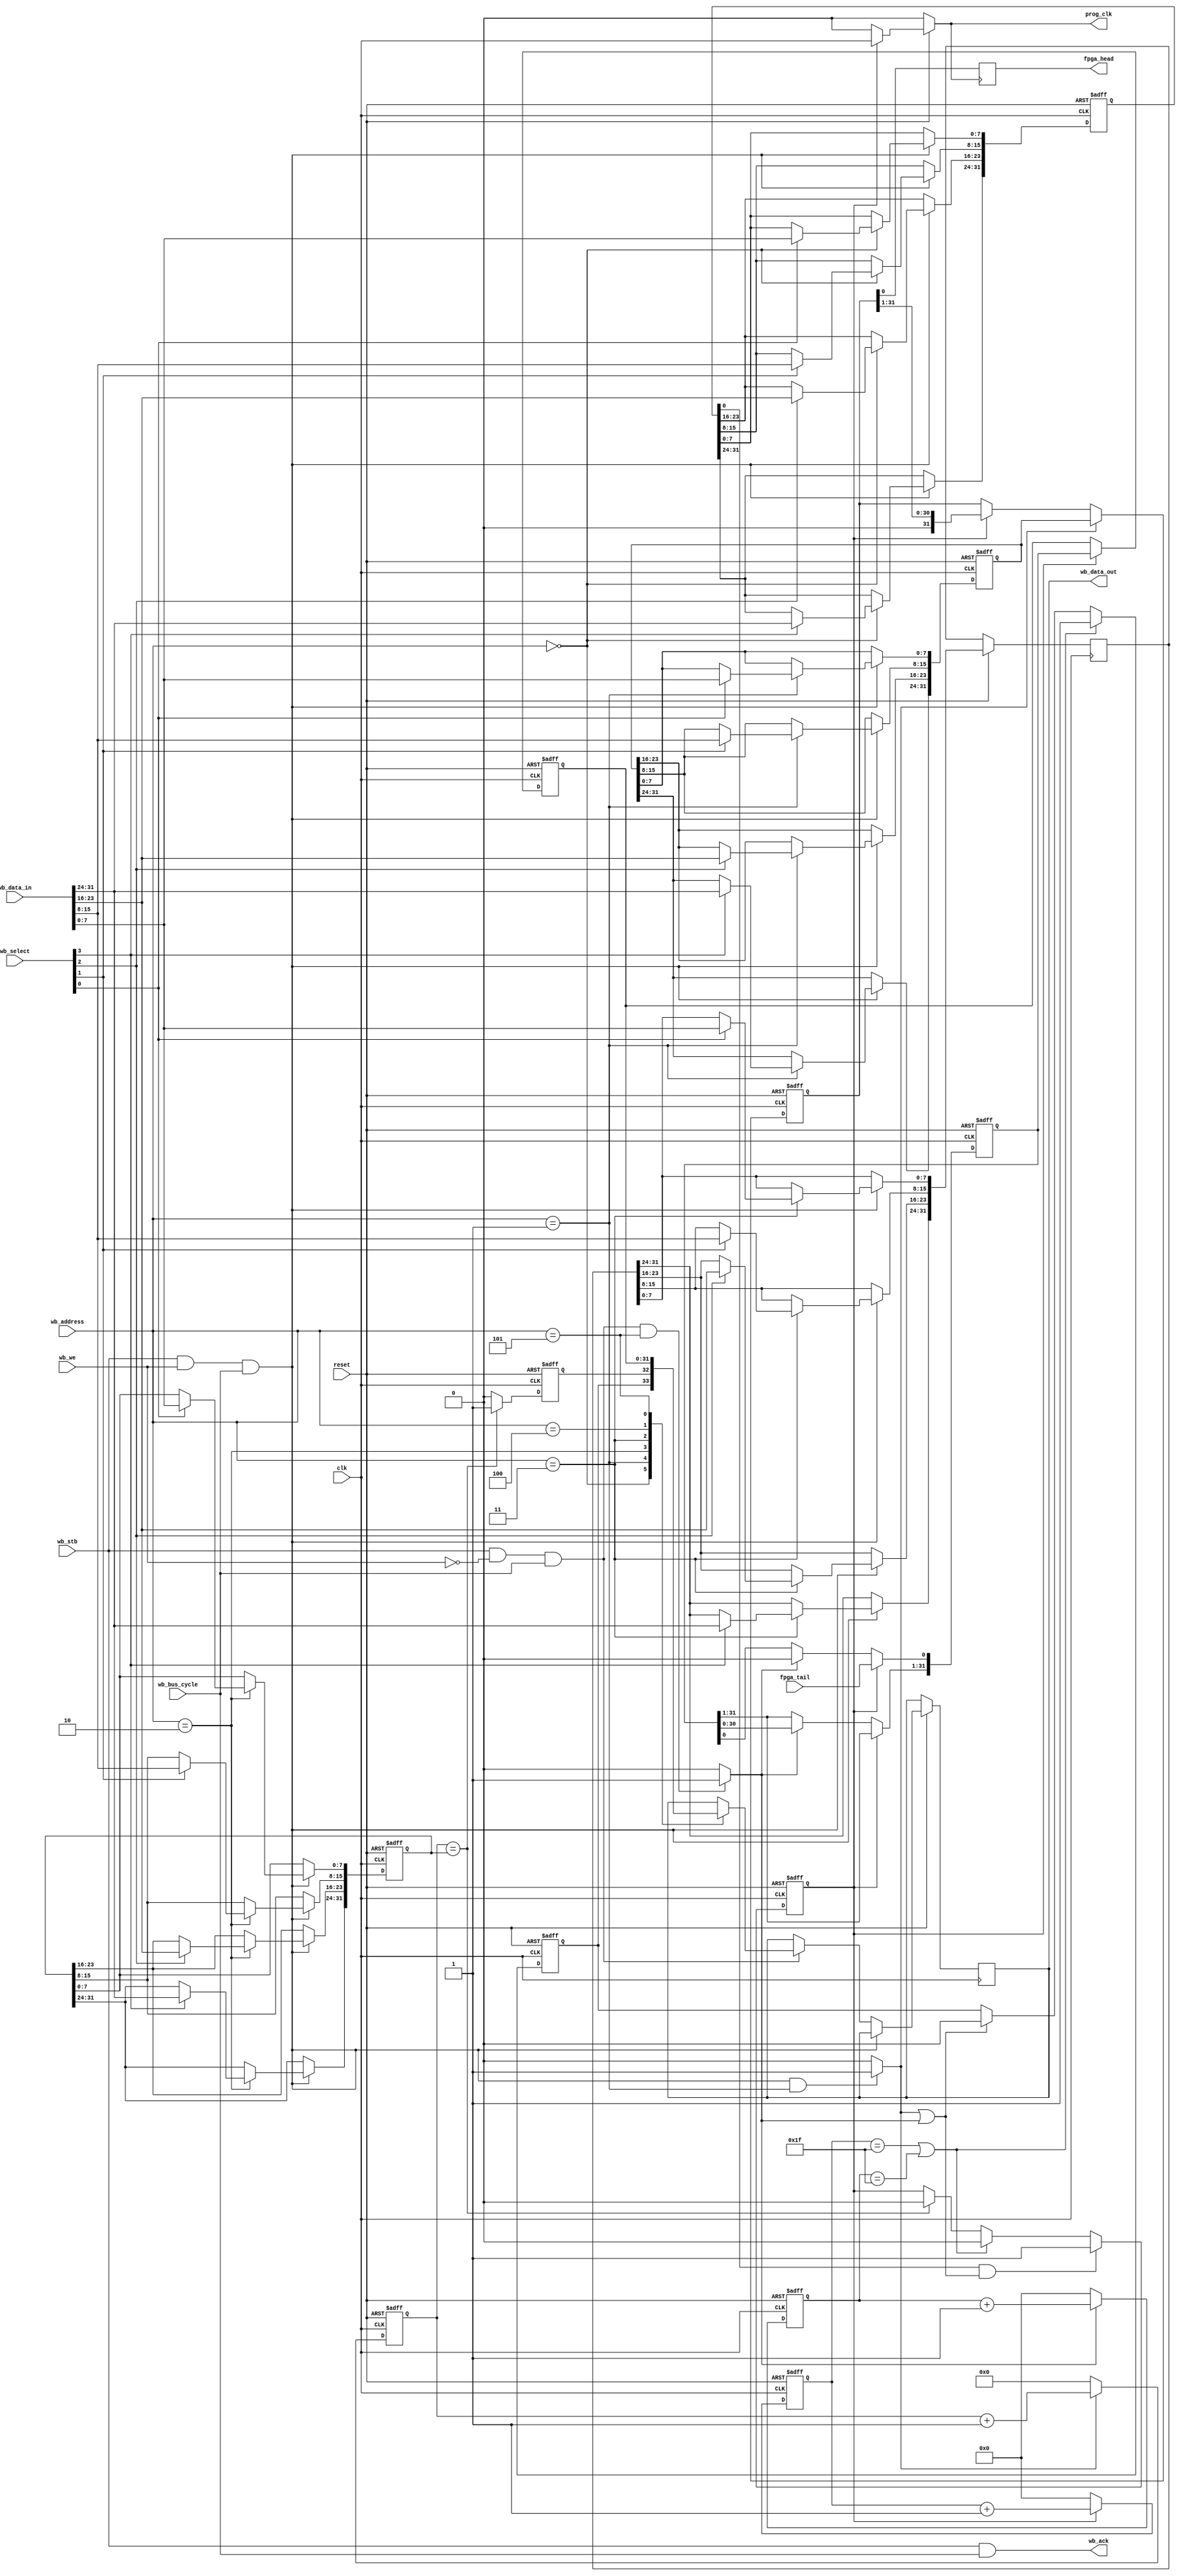
module FabricControlBlock (
    input clk,
    input reset,
    
    input [2:0] wb_address,
    input [31:0] wb_data_in,
    input [3:0] wb_select,
    input wb_stb,
    input wb_we,
    input wb_bus_cycle,
    output reg [31:0] wb_data_out,
    output wb_ack,

    input fpga_tail,
    output reg prog_clk,
    output reg fpga_head
);

reg [31:0] FCB_control_reg;
reg [31:0] FCB_status_reg;
reg [31:0] Bitstream_write_reg;
reg [31:0] Bitstream_read_reg;
reg [31:0] Bitstream_lenght_reg;
reg [31:0] Bitstream_checksum_reg;

  
reg [31:0] Bitstream_write_reg_shift;
reg [31:0] Bitstream_read_reg_shift;

  
reg [4:0] count_value_write;
reg [4:0] count_value_read;
reg [31:0] bitstream_count;
  
reg bitstream_write_req ;
reg bitstream_read_req;
reg valid;

reg word_complt, bitstream_complt;

reg bitstream_read_pending;
reg bitstream_read_ack;
 
reg [31:0] pre_checksum_reg;
reg [31:0] post_checksum_reg;
reg pre_check_match;
reg post_check_match;
reg chksum_status;
reg pre_chksum;
reg post_chksum;


assign wb_ack = wb_stb & wb_bus_cycle;


always @(posedge clk or negedge reset) begin
    if (!reset) begin
        FCB_control_reg <= 32'h0000;
        Bitstream_write_reg <= 32'h0000;
        Bitstream_lenght_reg <= 32'h0000;
       // Bitstream_checksum_reg <= 32'h0000;
    end else begin
        if (wb_stb & wb_we & wb_bus_cycle) begin
            case (wb_address)
                3'b000: begin
                    if (wb_select[0]) FCB_control_reg[7:0] <= wb_data_in[7:0];
                    if (wb_select[1]) FCB_control_reg[15:8] <= wb_data_in[15:8];
                    if (wb_select[2]) FCB_control_reg[23:16] <= wb_data_in[23:16];
                    if (wb_select[3]) FCB_control_reg[31:24] <= wb_data_in[31:24];
                end
                3'b001: begin
					
                    if (wb_select[0]) Bitstream_write_reg[7:0] <= wb_data_in[7:0];
                    if (wb_select[1]) Bitstream_write_reg[15:8] <= wb_data_in[15:8];
                    if (wb_select[2]) Bitstream_write_reg[23:16] <= wb_data_in[23:16];
                    if (wb_select[3]) Bitstream_write_reg[31:24] <= wb_data_in[31:24];
                end
					 3'b010: begin
                    if (wb_select[0]) Bitstream_lenght_reg[7:0] <= wb_data_in[7:0];
                    if (wb_select[1]) Bitstream_lenght_reg[15:8] <= wb_data_in[15:8];
                    if (wb_select[2]) Bitstream_lenght_reg[23:16] <= wb_data_in[23:16];
                    if (wb_select[3]) Bitstream_lenght_reg[31:24] <= wb_data_in[31:24];
                end
					 3'b011: begin
                    if (wb_select[0]) Bitstream_checksum_reg[7:0]   <= wb_data_in[7:0];
                    if (wb_select[1]) Bitstream_checksum_reg[15:8]  <= wb_data_in[15:8];
                    if (wb_select[2]) Bitstream_checksum_reg[23:16] <= wb_data_in[23:16];
                    if (wb_select[3]) Bitstream_checksum_reg[31:24] <= wb_data_in[31:24];
                end
            endcase
        end
		  
		  else if (wb_stb & !wb_we & wb_bus_cycle) begin
            case (wb_address)
                3'b000: wb_data_out <= FCB_control_reg;
                3'b001: wb_data_out <= Bitstream_write_reg;
                3'b010: wb_data_out <= Bitstream_lenght_reg;
                3'b011: wb_data_out <= Bitstream_checksum_reg;
					 3'b100: wb_data_out <= FCB_status_reg;
					 3'b101: wb_data_out <= Bitstream_read_reg;
            endcase
		  end
		  end	
end

// read write request
always @(*)begin	
if (wb_stb & wb_we & wb_bus_cycle &  wb_address==3'b001)
    bitstream_write_req <= 1 ;
else
 bitstream_write_req <= 0;
	  
if (wb_stb & !wb_we & wb_bus_cycle &  wb_address==3'b101)
    bitstream_read_req <= 1;
else
  bitstream_read_req <= 0;	
end

//program clock
always @(*)begin
        if (!reset) begin
            prog_clk <= 0;
        end else if (valid) begin
            prog_clk <= clk;
				end
         else prog_clk <= 0;
 end
 
 // word complete
always @(posedge clk or negedge reset)begin
        if (!reset)
		  word_complt <= 0;
        else if (count_value_write == 5'b11111|count_value_read == 5'b11111) begin
            word_complt <= 1;
         end else if (bitstream_write_req | bitstream_read_req) begin
            word_complt <= 0;
        end
end

//bitstream complete
always @(posedge clk or negedge reset)begin
        if (!reset)
		  bitstream_complt <= 0;
        else if (bitstream_count == Bitstream_lenght_reg) begin
            bitstream_complt <= 1;
       end else begin
           bitstream_complt <= 0;
                     end
end

// status reg assignments
always @(*) begin
        FCB_status_reg[1] = word_complt;
        FCB_status_reg[0] = bitstream_complt;
end


//valid
always @(posedge clk or negedge reset) begin
     if (!reset) valid <= 0;
  else if (FCB_control_reg [0] &  (bitstream_write_req|bitstream_read_req )) valid <= 1;
     else if (count_value_write == 31| count_value_read == 31) valid <= 0;
	 else if (bitstream_count == Bitstream_lenght_reg) valid <= 0;
end

 // write logic
  always @(posedge clk or negedge reset) begin
 if(!reset)   Bitstream_write_reg_shift  <= 32'h0000;
 else if(bitstream_write_req)  Bitstream_write_reg_shift <= Bitstream_write_reg;
 else if (valid)
 Bitstream_write_reg_shift <= Bitstream_write_reg_shift >> 1;
 end
 
 
 always@(posedge prog_clk) begin 
   fpga_head =  Bitstream_write_reg_shift[0]; 
 end
 
 // write count logic
 always @(posedge clk or negedge reset) begin
 if(!reset) count_value_write <= 0;
 else if (valid) count_value_write <= count_value_write + 1;
 else if (count_value_write == 31) count_value_write <= 0;
 else count_value_write <= 0;
 end

 // total bitstream count logic
 always @(posedge clk or negedge reset) begin
 if(!reset) bitstream_count <= 0;
   else if (bitstream_write_req) bitstream_count <= bitstream_count + 1;
 else if (bitstream_count == Bitstream_lenght_reg) bitstream_count  <= 0;
 else bitstream_count  <= 0;
 end
 
 // read logic
 always @(posedge clk or negedge reset) begin
 if(!reset)  Bitstream_read_reg_shift <= 32'h0000;
   else if (valid)
     Bitstream_read_reg_shift[0]  <= fpga_tail;
   else if (bitstream_read_req)
 Bitstream_read_reg_shift  <=  Bitstream_read_reg_shift  << 1;
 end
  
 always@(posedge clk or negedge reset) begin 
  if(!reset)   Bitstream_read_reg <= 32'h0000;
    else if (valid) Bitstream_read_reg <=  Bitstream_read_reg_shift; 
 end
 
 

 // read count logic
 always @(posedge clk or negedge reset) begin
 if(!reset) count_value_read <= 0;
 else if (bitstream_read_req) count_value_read <= count_value_read + 1;
 else if (count_value_read == 31) count_value_read <= 0;
 else count_value_read <= 0;
 end
  
 
//acknowledge signal to processor
always @(posedge clk or negedge reset) 
        if(!reset) bitstream_read_pending <= 1'b0;
        else if(FCB_control_reg [0] & bitstream_read_req)  
		  bitstream_read_pending <= 1'b1;
        else if ((word_complt| bitstream_complt) & bitstream_read_pending)   
		  bitstream_read_pending <= 0;  

    
always @(posedge clk or negedge reset)
        if(!reset)bitstream_read_ack <= 1'b0;
        else if (( word_complt | bitstream_complt) & bitstream_read_pending)  
		  bitstream_read_ack <= 1;  
        else if (!bitstream_read_pending) bitstream_read_ack <= 0; 
		  
//checksum logic


always@(*)begin
post_check_match = post_checksum_reg == Bitstream_checksum_reg;
pre_check_match  = pre_checksum_reg == Bitstream_checksum_reg;
end

always @(posedge clk, negedge reset)begin
if(!reset) pre_checksum_reg <= 0;
else if (bitstream_write_req)        
pre_checksum_reg <= pre_checksum_reg + Bitstream_write_reg; 
else
pre_checksum_reg <= 0;
end

always @(posedge clk, negedge reset) begin
if(!reset)post_checksum_reg <= 0;
else if (bitstream_read_req)        
post_checksum_reg <= post_checksum_reg + Bitstream_read_reg;
else             
post_checksum_reg <= 0; 
end

always @(posedge clk, negedge reset)begin
if(!reset)chksum_status <= 0;
else if(post_chksum & bitstream_complt & bitstream_read_ack)       
chksum_status <= post_check_match;    
else if (pre_chksum & bitstream_complt)                       
chksum_status <= pre_check_match;
else
chksum_status <= 0; 
end 

endmodule